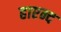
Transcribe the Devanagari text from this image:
हाएन्द